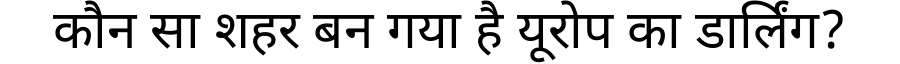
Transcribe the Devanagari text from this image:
कौन सा शहर बन गया है यूरोप का डार्लिंग?